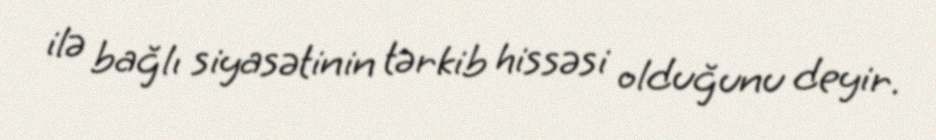
ilə bağlı siyasətinin tərkib hissəsi olduğunu deyir.